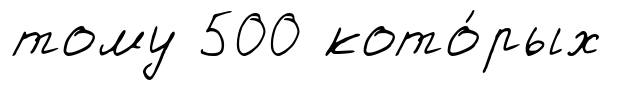
тому 500 кото́рых